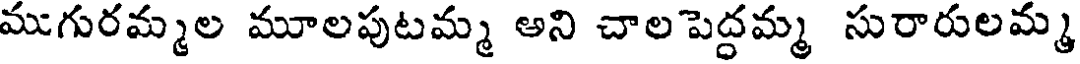
ముగురమ్మల మూలపుటమ్మ అని చాల పెద్దమ్మ సురారులమ్మ